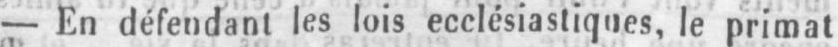
- En défendant les lois ecclésiastiques, le primat